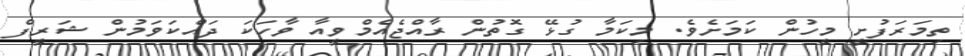
ތިމަރަފުށީ މީހުން ކަމަށެވެ. މިކަމާ ގުޅޭ ގޮތުން ރާއްޖެއެމްވީއާ ވާހަކަ ދައްކަވަމުން ޝަރީފް